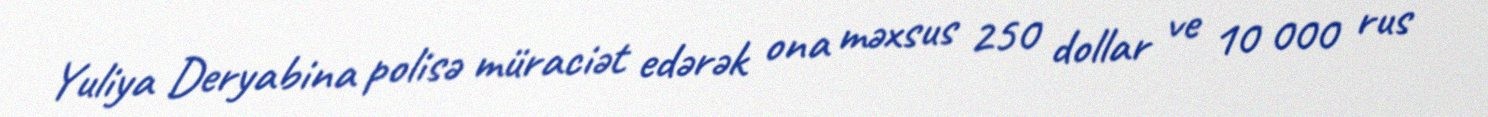
Yuliya Deryabina polisə müraciət edərək ona məxsus 250 dollar ve 10 000 rus